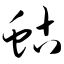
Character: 蛄